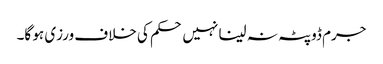
جرم ڈوپٹہ نہ لینا نہیں حکم کی خلاف ورزی ہو گا۔